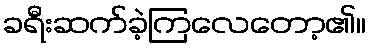
ခရီးဆက်ခဲ့ကြလေတော့၏။